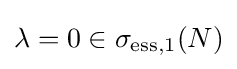
\lambda =0\in \sigma _{\mathrm {ess} ,1}(N)